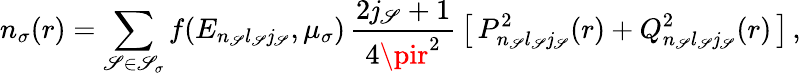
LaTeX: n_{\sigma}(r)=\sum_{\mathscr{S}\in\mathscr{S}_{\sigma}}f(E_{n_{\mathscr{S}}l_{\mathscr{S}}\mathit{j}_{\mathscr{S}}},\mu_{\sigma})\, \frac{{2\mathit{j}_{\mathscr{S}}+1}}{{4\pir^{2}}}\, \big[\, P_{n_{\mathscr{S}}l_{\mathscr{S}}\mathit{j}_{\mathscr{S}}}^{2}(r)+Q_{n_{\mathscr{S}}l_{\mathscr{S}}\mathit{j}_{\mathscr{S}}}^{2}(r)\, \big]\, ,